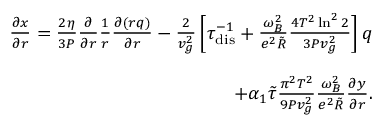
\begin{array} { r l r } & { } & { \frac { \partial x } { \partial r } = \frac { 2 \eta } { 3 P } \frac { \partial } { \partial r } \frac { 1 } { r } \frac { \partial ( r q ) } { \partial r } - \frac { 2 } { v _ { g } ^ { 2 } } \left[ \tau _ { \mathrm { d i s } } ^ { - 1 } + \frac { \omega _ { B } ^ { 2 } } { e ^ { 2 } \tilde { R } } \frac { 4 T ^ { 2 } \ln ^ { 2 } 2 } { 3 P v _ { g } ^ { 2 } } \right] q } \\ & { } & \\ & { } & { \qquad \qquad \qquad \qquad \qquad + \alpha _ { 1 } \tilde { \tau } \frac { \pi ^ { 2 } T ^ { 2 } } { 9 P v _ { g } ^ { 2 } } \frac { \omega _ { B } ^ { 2 } } { e ^ { 2 } \tilde { R } } \frac { \partial y } { \partial r } . } \end{array}